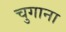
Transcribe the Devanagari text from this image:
चुगाना